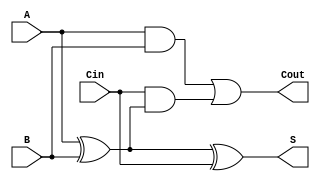
module RippleCarryFullAdder (
    input  wire A,    // First binary digit
    input  wire B,    // Second binary digit
    input  wire Cin,  // Carry input
    output wire S,    // Sum output
    output wire Cout   // Carry output
);

    // Internal signals
    wire AxorB; // Intermediate signal for A XOR B

    // Sum calculation: S = A XOR B XOR Cin
    assign AxorB = A ^ B;       // First XOR gate for A and B
    assign S = AxorB ^ Cin;     // Second XOR gate for (A XOR B) and Cin

    // Carry-out calculation: Cout = (A AND B) OR (Cin AND (A XOR B))
    assign Cout = (A & B) | (Cin & AxorB); // Using AND and OR gates

endmodule